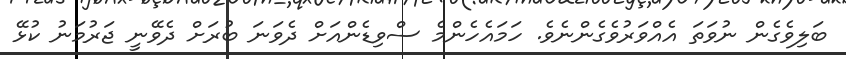
ބަލިވެގެން ނުވަތަ އެއްވަރުވެގެންނެވެ. ހަމައެހެންމެ ސްވިޑެންއަށް ދެވަނަ ބުރަށް ދެވޭނީ ޖަރުމަނު ކުޅޭ